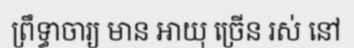
ព្រឹទ្ធាចារ្យ មាន អាយុ ច្រើន រស់ នៅ